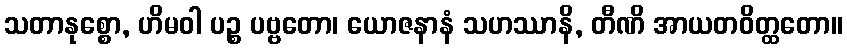
သတာနုစ္စော, ဟိမဝါ ပဉ္စ ပဗ္ဗတော၊ ယောဇနာနံ သဟဿာနိ, တီဏိ အာယတဝိတ္ထတော။